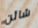
شائن